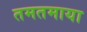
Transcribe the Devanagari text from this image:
तमतमाया